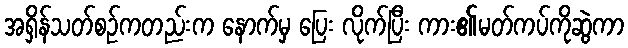
အရှိန်သတ်စဉ်ကတည်းက နောက်မှ ပြေး လိုက်ပြီး ကား၏မတ်ကပ်ကိုဆွဲကာ